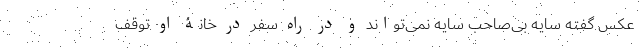
عکس گفته سایه بی‌صاحب سایه نمی‌تواند و در راه سفر در خانۀ او توقف